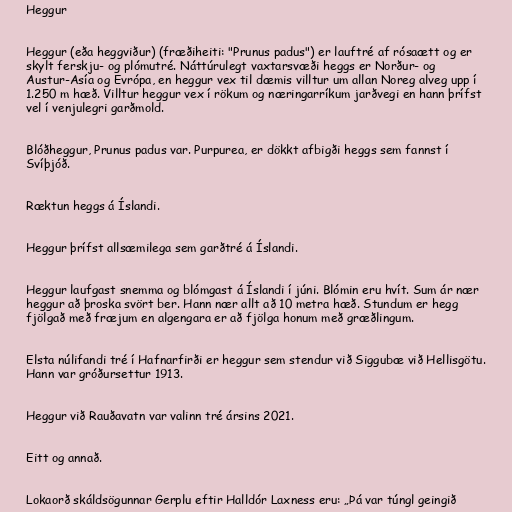
Heggur

Heggur (eða heggviður) (fræðiheiti: "Prunus padus") er lauftré af rósaætt og er
skylt ferskju- og plómutré. Náttúrulegt vaxtarsvæði heggs er Norður- og
Austur-Asía og Evrópa, en heggur vex til dæmis villtur um allan Noreg alveg upp í
1.250 m hæð. Villtur heggur vex í rökum og næringarríkum jarðvegi en hann þrífst
vel í venjulegri garðmold.

Blóðheggur, Prunus padus var. Purpurea, er dökkt afbigði heggs sem fannst í
Svíþjóð.

Ræktun heggs á Íslandi.

Heggur þrífst allsæmilega sem garðtré á Íslandi.

Heggur laufgast snemma og blómgast á Íslandi í júni. Blómin eru hvít. Sum ár nær
heggur að þroska svört ber. Hann nær allt að 10 metra hæð. Stundum er hegg
fjölgað með fræjum en algengara er að fjölga honum með græðlingum.

Elsta núlifandi tré í Hafnarfirði er heggur sem stendur við Siggubæ við Hellisgötu.
Hann var gróðursettur 1913.

Heggur við Rauðavatn var valinn tré ársins 2021.

Eitt og annað.

Lokaorð skáldsögunnar Gerplu eftir Halldór Laxness eru: „Þá var túngl geingið